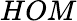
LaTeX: HOM